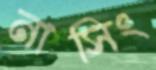
নাসিং